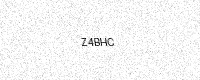
Text: Z4BHC